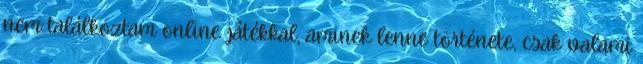
nem találkoztam online játékkal, aminek lenne története, csak valami